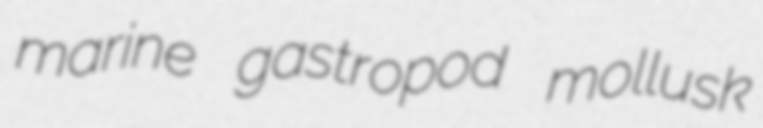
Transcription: marine gastropod mollusk